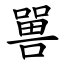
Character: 嘼